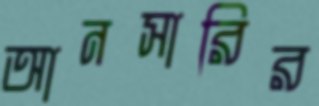
আনসারির